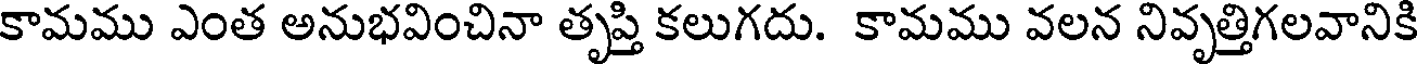
కామము ఎంత అనుభవించినా తృప్తి కలుగదు. కామము వలన నివృత్తిగలవానికి